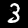
Digit: 3